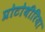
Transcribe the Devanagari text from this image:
प्रोटोथीरिया